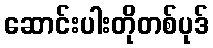
ဆောင်းပါးတိုတစ်ပုဒ်